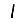
Digit: 1